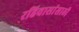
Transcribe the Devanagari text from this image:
रहिवासांसाठी